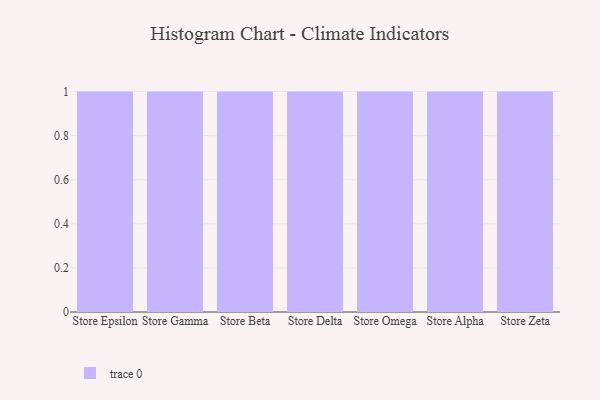
{"axis": {"x": "Store", "y": "Headcount"}, "legend": [""], "data": [{"x": "Store Epsilon", "y": 40, "type": ""}, {"x": "Store Gamma", "y": 50, "type": ""}, {"x": "Store Beta", "y": 26, "type": ""}, {"x": "Store Delta", "y": 71, "type": ""}, {"x": "Store Omega", "y": 68, "type": ""}, {"x": "Store Alpha", "y": 52, "type": ""}, {"x": "Store Zeta", "y": 57, "type": ""}]}